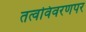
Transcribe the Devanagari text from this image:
तत्वविवरणपर